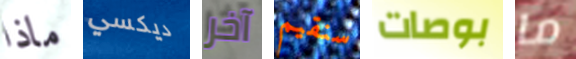
ماذا ديكسي آخر سنقيم بوصات ما